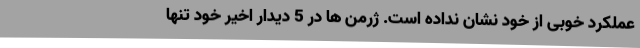
عملکرد خوبی از خود نشان نداده است. ژرمن ها در 5 دیدار اخیر خود تنها